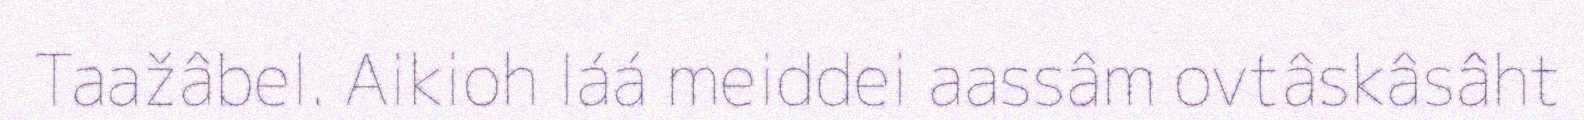
Taažâbel. Aikioh láá meiddei aassâm ovtâskâsâht